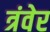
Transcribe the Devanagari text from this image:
त्रंवेर